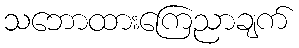
သဘောထားကြေညာချက်